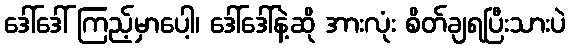
ဒေါ်ဒေါ် ကြည့်မှာပေါ့၊ ဒေါ်ဒေါ်နဲ့ဆို အားလုံး စိတ်ချရပြီးသားပဲ